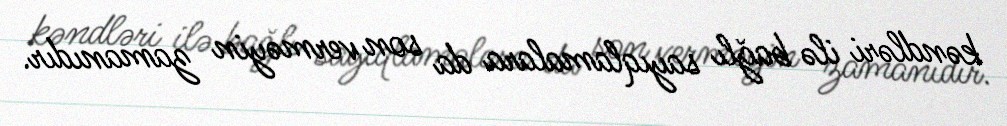
kəndləri ilə bağlı sayıqlamalara da son verməyin zamanıdır.